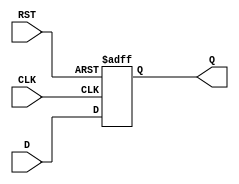
module Intermediate_Register #(
    parameter DATA_WIDTH = 8  // Define the width of the data input/output
)(
    input  wire [DATA_WIDTH-1:0] D,  // Data input
    input  wire CLK,                  // Clock input
    input  wire RST,                  // Asynchronous reset
    output reg  [DATA_WIDTH-1:0] Q    // Data output
);

// Sequential logic for the Intermediate Register
always @(posedge CLK or posedge RST) begin
    if (RST) begin
        Q <= {DATA_WIDTH{1'b0}};  // Reset output to zero
    end else begin
        Q <= D;                   // Capture input data on clock edge
    end
end

endmodule